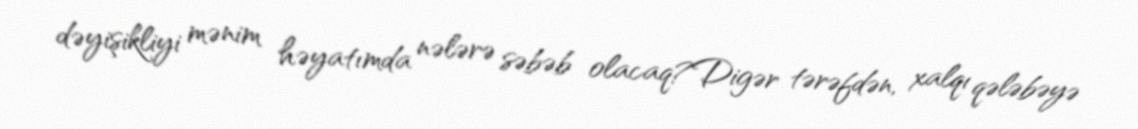
dəyişikliyi mənim həyatımda nələrə səbəb olacaq?Digər tərəfdən, xalqı qələbəyə